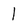
Character: 1